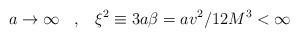
LaTeX: \begin{align*}a\rightarrow \infty\,\,\,\,\,,\,\,\,\,\,\xi^2\equiv 3a\beta=av^2/12M^3<\infty\end{align*}